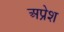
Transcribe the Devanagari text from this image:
अप्रेश